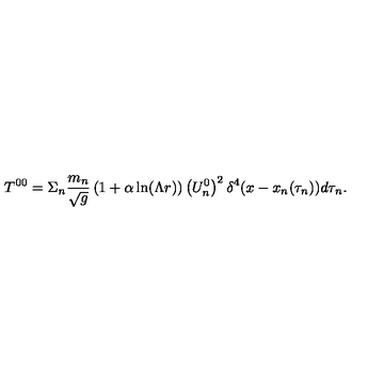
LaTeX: T ^ { 0 0 } = \Sigma _ { n } \frac { m _ { n } } { \sqrt { g } } \left( 1 + \alpha \ln ( \Lambda r ) \right) \left( U _ { n } ^ { 0 } \right) ^ { 2 } \delta ^ { 4 } ( x - x _ { n } ( \tau _ { n } ) ) d \tau _ { n } .